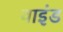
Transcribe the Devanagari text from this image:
वाइंड